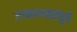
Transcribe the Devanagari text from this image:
राष्ट्राध्यक्षांपुढे